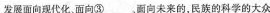
发展面向现代化，面向③___，面向未来的，民族的科学的大众